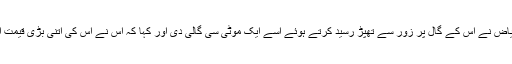
جب نگہت نے خود کو چھڑانے کی کوشش کی تو ریاض نے اس کے گال پر زور سے تھپڑ رسید کرتے ہوئے اسے ایک موٹی سی گالی دی اور کہا کہ اس نے اس کی اتنی بڑی قیمت اس لیے ادا نہیں کی تھی کہ وہ اسے نخرے دیکھائے۔